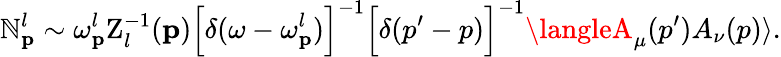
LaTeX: \mathbb{N}_{{\mathbf{p}}}^{l}\sim\omega_{{\mathbf{p}}}^{l}\mathrm{{Z}}_{l}^{-1}({\mathbf{p}})\Bigl[\delta(\omega-\omega_{{\mathbf{p}}}^{l})\Bigr]^{-1}\Bigl[\delta(p^{\prime}-p)\Bigr]^{-1}\langleA_{\mu}(p^{\prime})A_{\nu}(p)\rangle.